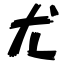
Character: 尤